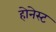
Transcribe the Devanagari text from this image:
होनेस्ट